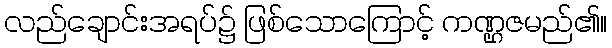
လည်ချောင်းအရပ်၌ ဖြစ်သောကြောင့် ကဏ္ဌဇမည်၏။